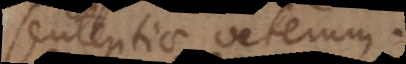
sententiae veterum.